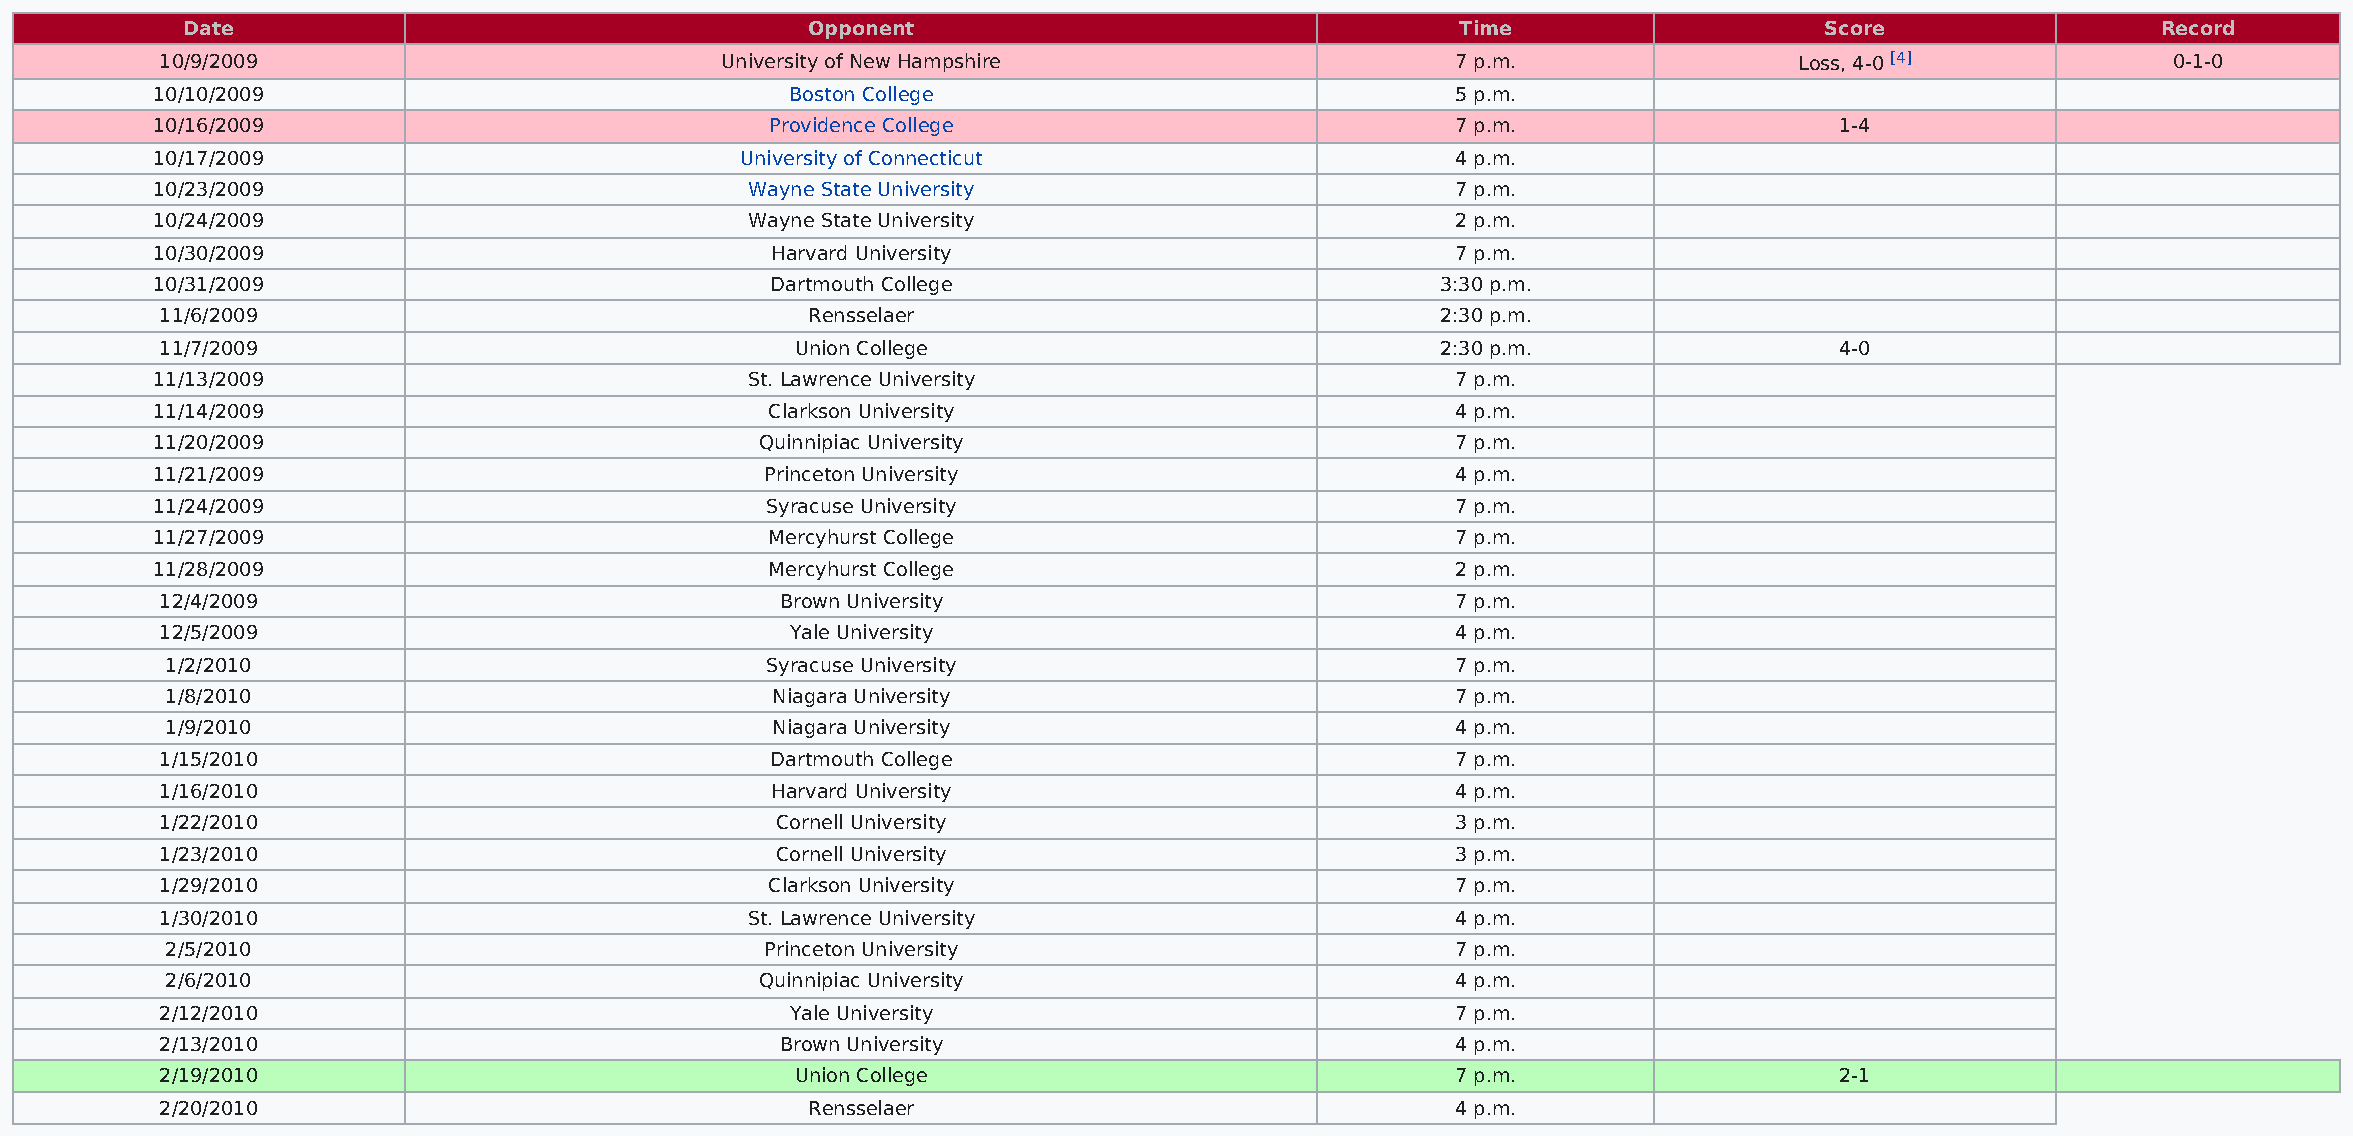
Date                                     Opponent                                    Time                    Score                 Record
 10/9/2009                            University of New Hampshire                     7 p.m.                 Loss, 4-0 [4]            0-1-0
 10/10/2009                                Boston College                              5 p.m.
 10/16/2009                               Providence College                           7 p.m.                    1-4
 10/17/2009                             University of Connecticut                      4 p.m.
 10/23/2009                              Wayne State University                        7 p.m.
 10/24/2009                              Wayne State University                        2 p.m.
 10/30/2009                               Harvard University                           7 p.m.
 10/31/2009                               Dartmouth College                           3:30 p.m.
 11/6/2009                                 Rensselaer                                2:30 p.m.
 11/7/2009                                 Union College                             2:30 p.m.                  4-0
 11/13/2009                             St. Lawrence University                        7 p.m.
 11/14/2009                               Clarkson University                          4 p.m.
 11/20/2009                              Quinnipiac University                         7 p.m.
 11/21/2009                               Princeton University                         4 p.m.
 11/24/2009                               Syracuse University                          7 p.m.
 11/27/2009                               Mercyhurst College                           7 p.m.
 11/28/2009                               Mercyhurst College                           2 p.m.
 12/4/2009                                Brown University                            7 p.m.
 12/5/2009                                Yale University                             4 p.m.
 1/2/2010                                Syracuse University                          7 p.m.
 1/8/2010                                Niagara University                           7 p.m.
 1/9/2010                                Niagara University                           4 p.m.
 1/15/2010                               Dartmouth College                            7 p.m.
 1/16/2010                               Harvard University                           4 p.m.
 1/22/2010                               Cornell University                           3 p.m.
 1/23/2010                               Cornell University                           3 p.m.
 1/29/2010                               Clarkson University                          7 p.m.
 1/30/2010                             St. Lawrence University                        4 p.m.
 2/5/2010                                Princeton University                         7 p.m.
 2/6/2010                               Quinnipiac University                         4 p.m.
 2/12/2010                                Yale University                             7 p.m.
 2/13/2010                                Brown University                            4 p.m.
 2/19/2010                                 Union College                              7 p.m.                    2-1
 2/20/2010                                 Rensselaer                                 4 p.m.